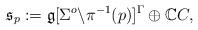
LaTeX: \begin{align*}\mathfrak{s}_p := \mathfrak{g}[{\Sigma}^o\backslash \pi^{-1}(p) ]^\Gamma \oplus \mathbb{C}C,\end{align*}